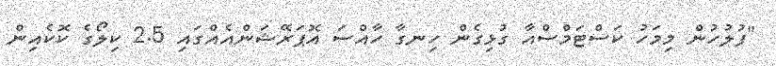
"ފުލުހުން މިމަހު ކަސްޓަމްސްއާ ގުޅިގެން ހިނގާ ހާއްސަ އޮޕަރޭޝަންއެއްގައި 2.5 ކިލޯގެ ކޮކެއިން